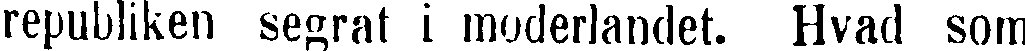
republiken segrat i moderlandet. Hvad som